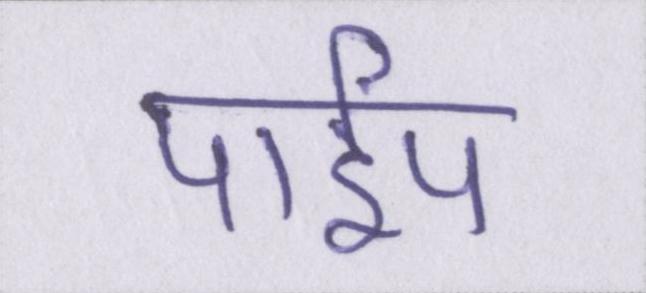
पाईप